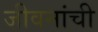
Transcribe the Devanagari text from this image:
जीवनांची